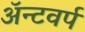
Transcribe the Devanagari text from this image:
ॲन्टवर्प